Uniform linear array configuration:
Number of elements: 48
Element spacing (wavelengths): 1
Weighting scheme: uniform
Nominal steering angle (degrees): -15
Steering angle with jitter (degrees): -15.937
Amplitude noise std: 0.05
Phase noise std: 0.05

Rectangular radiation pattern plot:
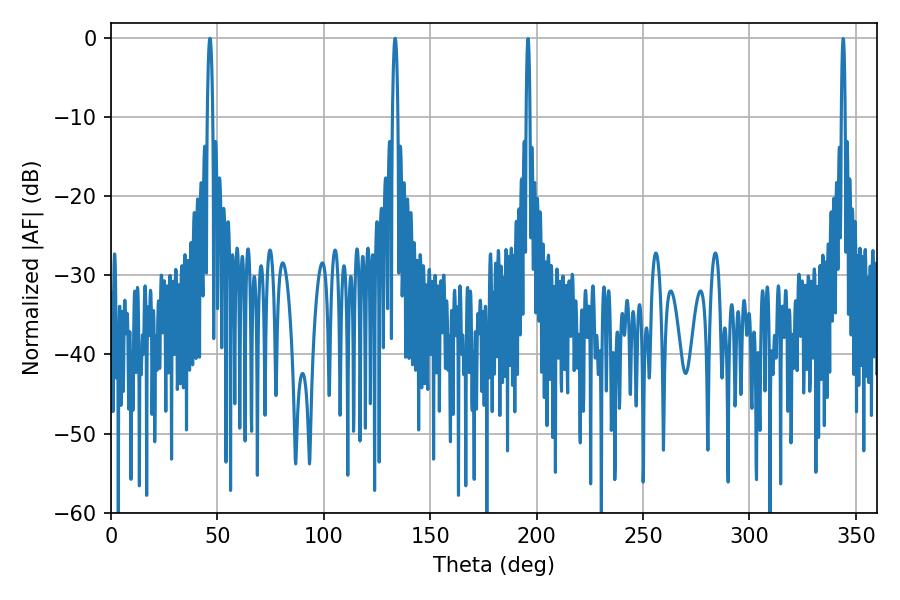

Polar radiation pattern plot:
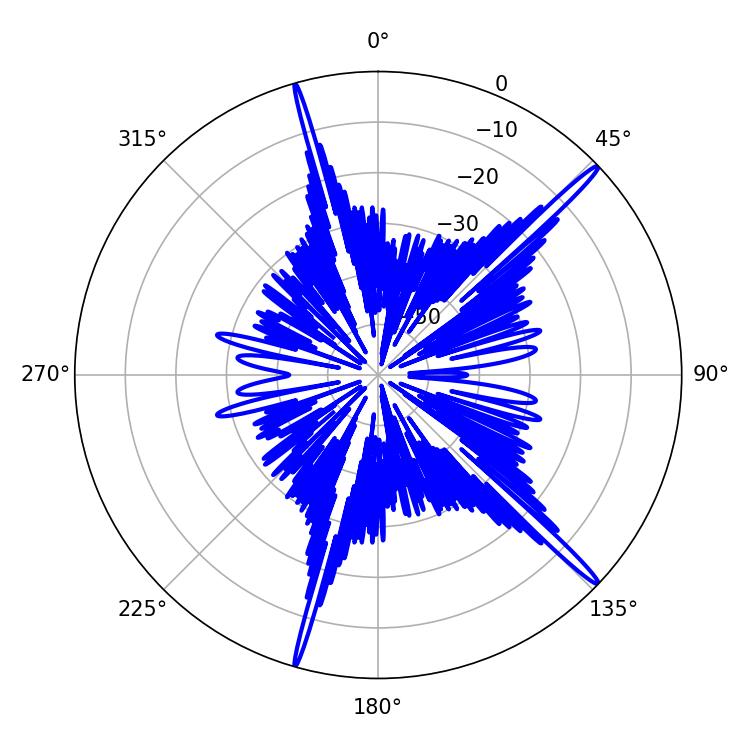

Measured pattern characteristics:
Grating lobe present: TRUE
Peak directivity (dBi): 17.965
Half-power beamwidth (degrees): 1.26
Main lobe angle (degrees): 46.44